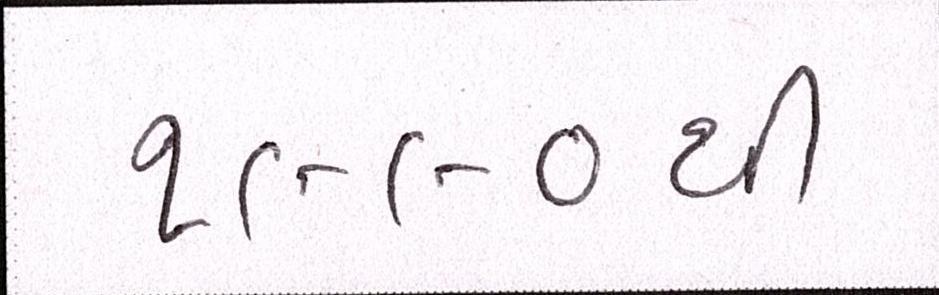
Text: ૧૯૯૦થી